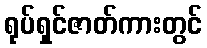
ရုပ်ရှင်ဇာတ်ကားတွင်